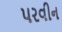
પરવીન